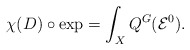
\begin{align*} \chi(D)\circ{\rm exp}=\int_XQ^G({\mathcal E}^0). \end{align*}